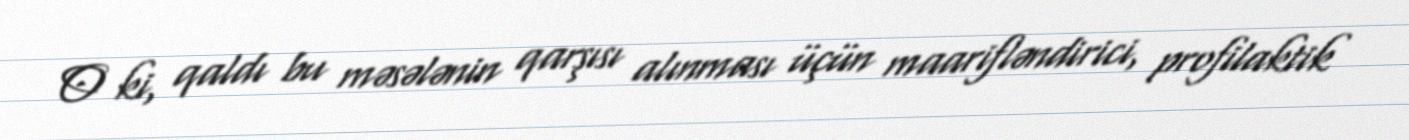
O ki, qaldı bu məsələnin qarşısı alınması üçün maarifləndirici, profilaktik